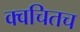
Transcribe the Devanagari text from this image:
क्‍वचितच